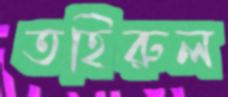
তহিরুল